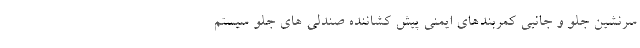
سرنشین جلو و جانبی کمربندهای ایمنی پیش کشاننده صندلی های جلو سیستم